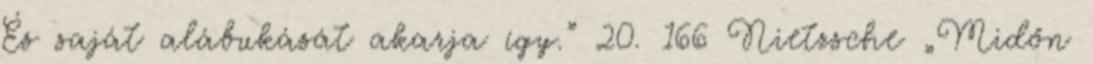
És saját alábukását akarja így.” 20. 166 Nietzsche „Midőn